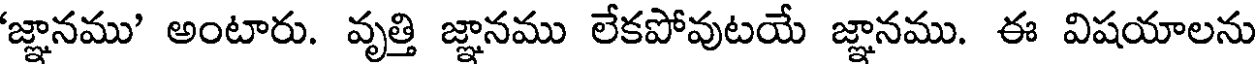
'జ్ఞానము' అంటారు. వృత్తి జ్ఞానము లేకపోవుటయే జ్ఞానము. ఈ విషయాలను